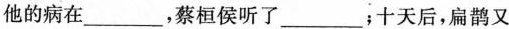
他的病在___，蔡桓侯听了___；十天后，扁鹊又